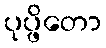
ပုပ္ဖိတော